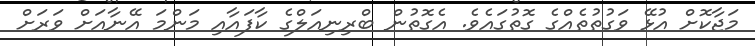
މަޖާކޮށް އުޅޭ ވަގުތުތެއްގެ ގޮތުގައެވެ. އެގޮތުން ބްރިނިއަލްގެ ކާފައާއި މަންމަ އޭނާއަށް ވަރަށް